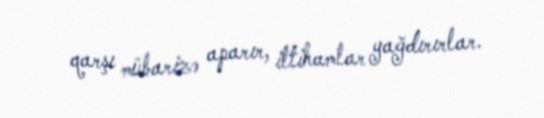
qarşı mübarizə aparır, ittihamlar yağdırırlar.